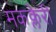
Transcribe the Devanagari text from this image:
मकक्लेरी